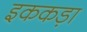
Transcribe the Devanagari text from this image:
इककड़ा